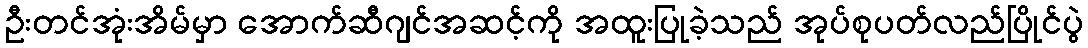
ဦးတင်အုံးအိမ်မှာ အောက်ဆီဂျင်အဆင့်ကို အထူးပြုခဲ့သည် အုပ်စုပတ်လည်ပြိုင်ပွဲ